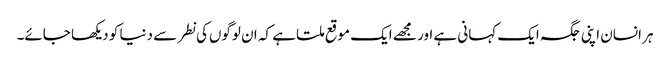
ہر انسان اپنی جگہ ایک کہانی ہے اور مجھے ایک موقع ملتا ہے کہ ان لوگوں‌کی نطر سے دنیا کو دیکھا جائے۔